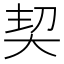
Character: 契